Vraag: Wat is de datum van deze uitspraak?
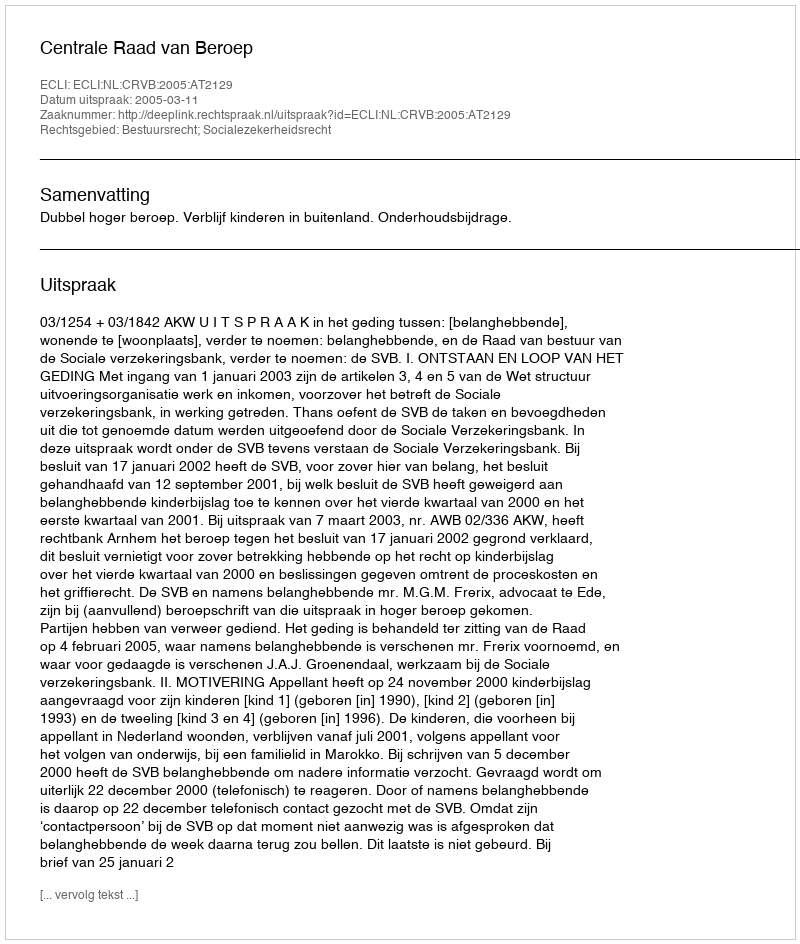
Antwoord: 2005-03-11